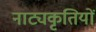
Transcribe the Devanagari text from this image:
नाट्यकृतियों